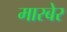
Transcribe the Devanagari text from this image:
मारबेर